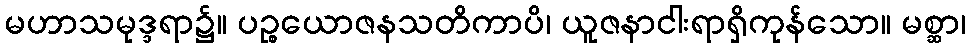
မဟာသမုဒ္ဒရာ၌။ ပဉ္စယောဇနသတိကာပိ၊ ယူဇနာငါးရာရှိကုန်သော။ မစ္ဆာ၊